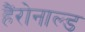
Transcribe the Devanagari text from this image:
हैंरोनाल्ड